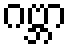
ဂဗ္ဘာ